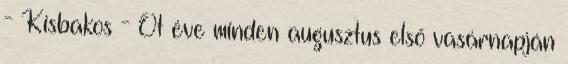
- Kisbakos - Öt éve minden augusztus első vasárnapján